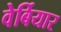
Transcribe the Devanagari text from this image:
वेर्बियार